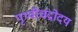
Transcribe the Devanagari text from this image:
पृथ्वीचंद्रोदय